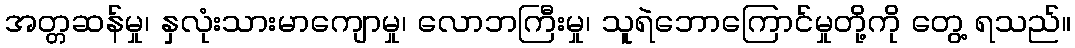
အတ္တဆန်မှု၊ နှလုံးသားမာကျောမှု၊ လောဘကြီးမှု၊ သူရဲဘောကြောင်မှုတို့ကို တွေ့ ရသည်။